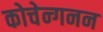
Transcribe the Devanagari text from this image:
कोचेन्गनन